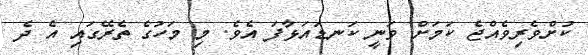
ކުށްވެރިވެއްޖެ ކަމަށް ވަނީ ކަނޑައަޅާފަ އެވެ. މި މަހުގެ ތެރޭގައި އެ ދެ